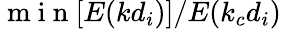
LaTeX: \mathrm{~m~i~n~}[E(kd_{i})]/E(k_{c}d_{i})